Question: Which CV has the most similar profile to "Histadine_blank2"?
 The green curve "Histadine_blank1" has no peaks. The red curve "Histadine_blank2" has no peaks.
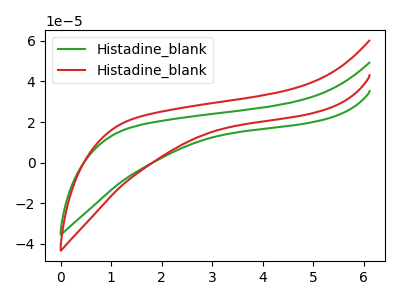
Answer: <think>Neither "Histadine_blank1" or "Histadine_blank2" have any peaks.
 </think>
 <answer>The CV with the most similar shape to "Histadine_blank1" is "Histadine_blank2".</answer>
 <eval>"Histadine_blank2"</eval>